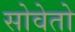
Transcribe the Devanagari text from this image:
सोवेतो